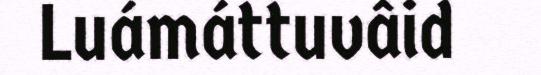
Luámáttuvâid